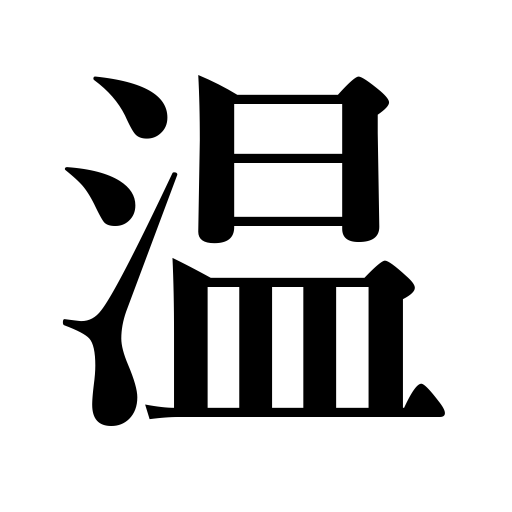
Meanings: genial,sun oneself,cordial,get warm,warm oneself,mild,heat,warm